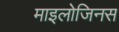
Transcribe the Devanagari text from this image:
माइलोजिनस